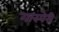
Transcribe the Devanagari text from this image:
गास्पेरी